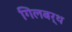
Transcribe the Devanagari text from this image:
गिलबर्थ